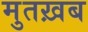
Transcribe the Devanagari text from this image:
मुतख़ब